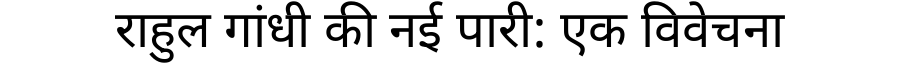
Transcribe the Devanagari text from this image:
राहुल गांधी की नई पारी: एक विवेचना